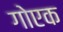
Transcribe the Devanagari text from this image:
गोएक